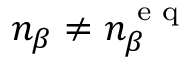
n _ { \beta } \neq n _ { \beta } ^ { \textrm { e q } }